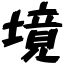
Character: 境